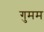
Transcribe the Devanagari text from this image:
गुमम